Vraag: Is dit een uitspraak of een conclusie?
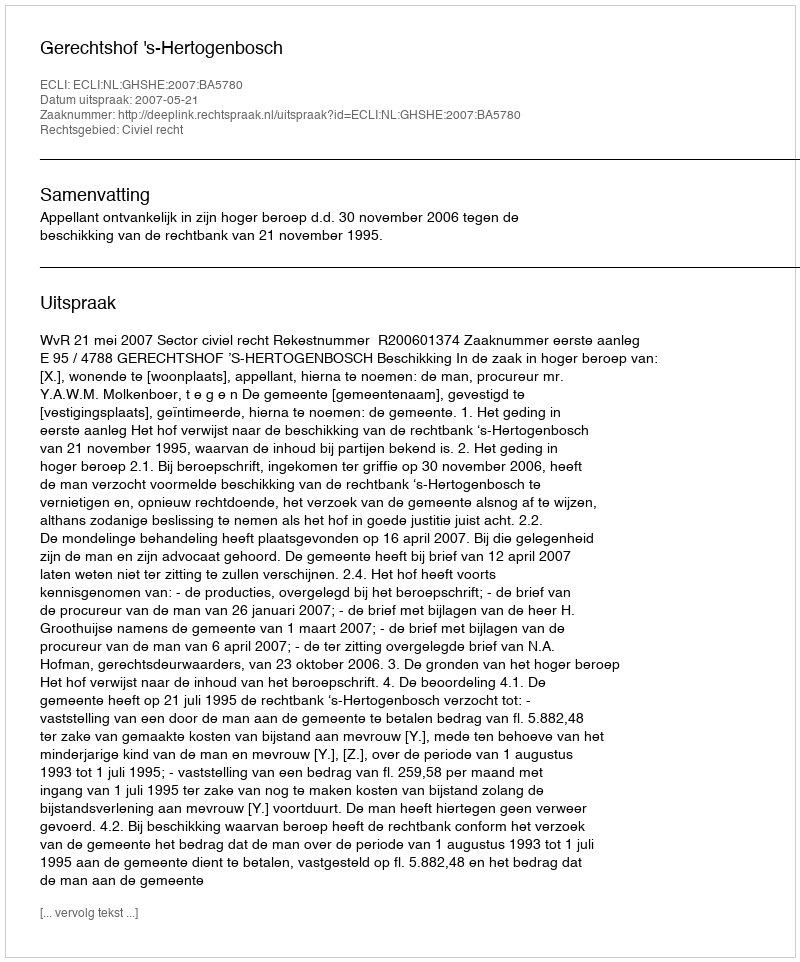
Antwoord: Uitspraak